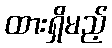
ထားရှိမည့်